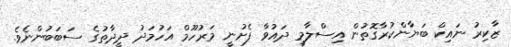
ޒާކިރު ނައިކް ބަޔާންކުރާގޮތުން އިސްލާމީ ދައުވާ ފެށުނީ މަރުހޫމް އަހުމަދު ދީދާތުގެ ސަބަބުންނެވެ.